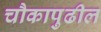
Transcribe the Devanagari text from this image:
चौकापुढील